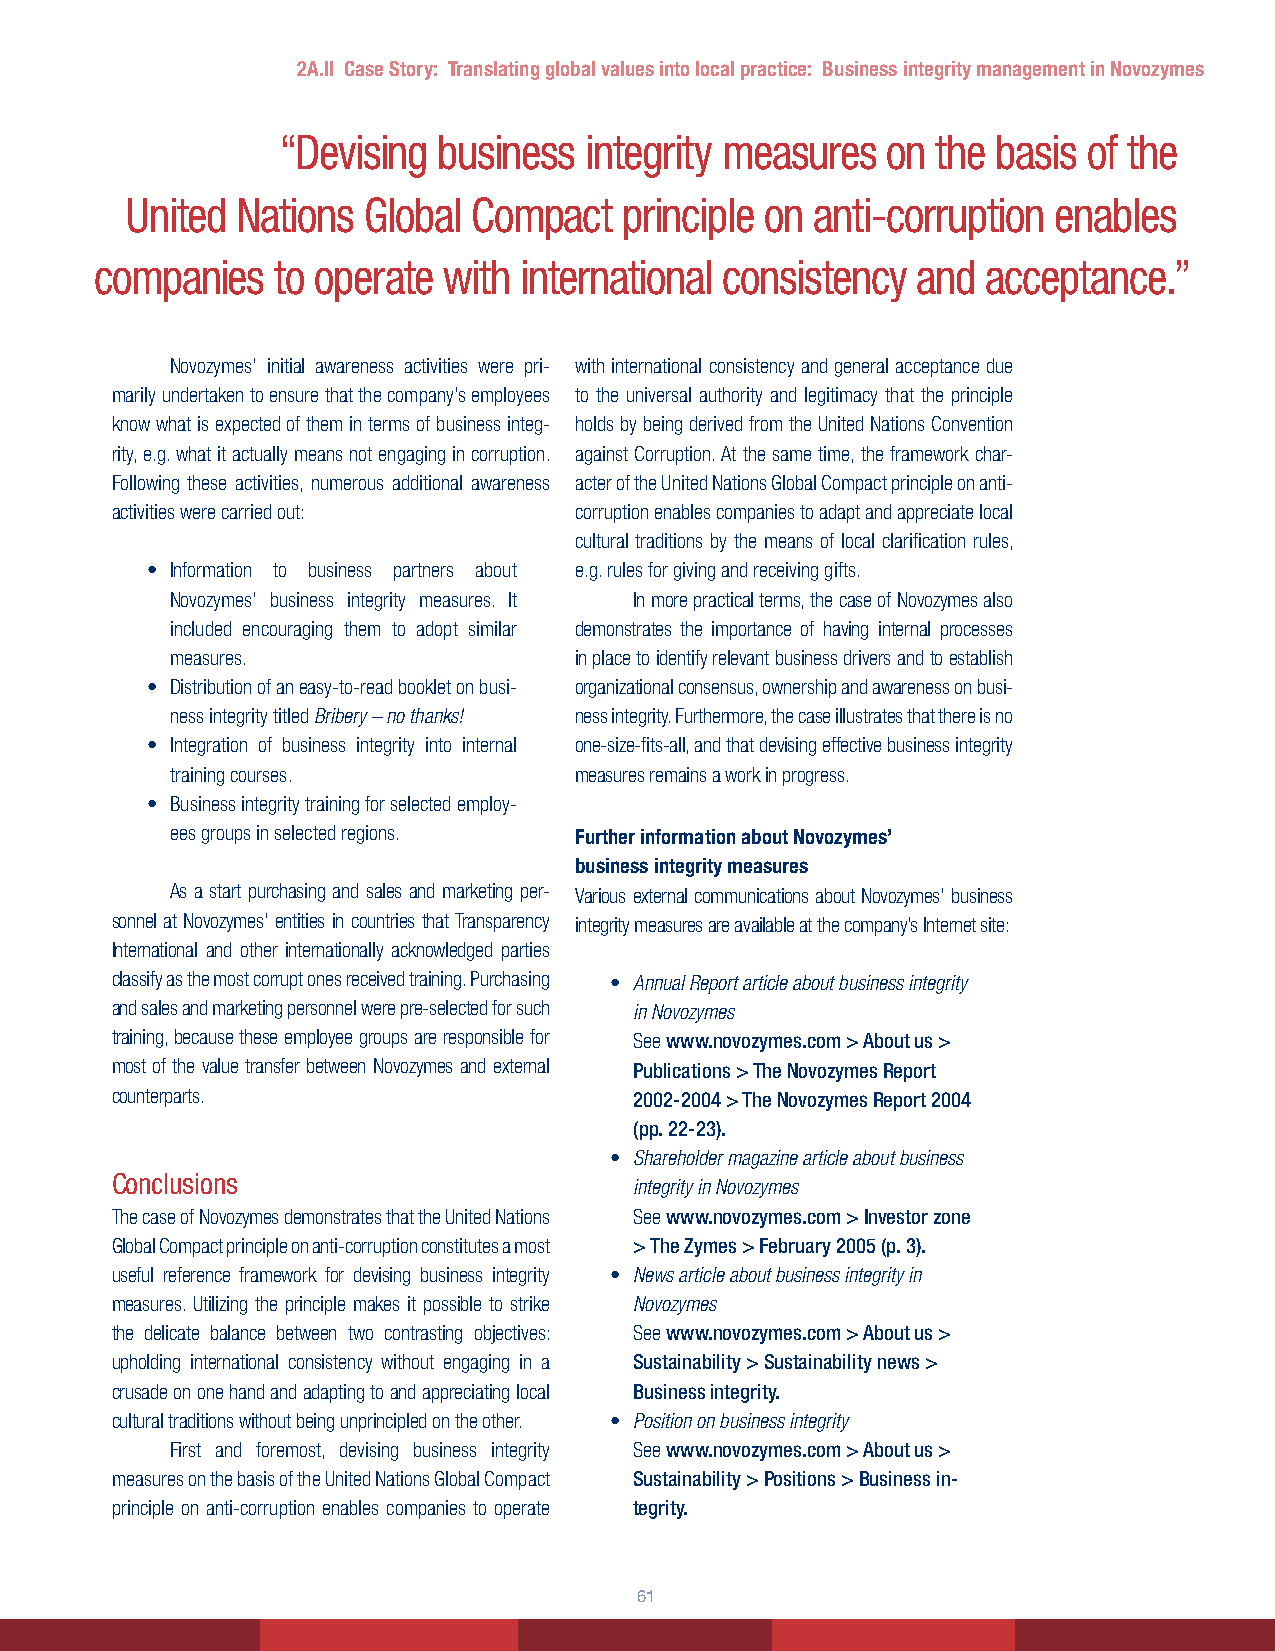
2A.II Case Story: Translating global values into local practice: Business integrity management in Novozymes
 “Devising  business  integrity measures  on the basis of the
 United  Nations Global Compact   principle on anti-corruption enables
 companies   to operate with international consistency  and acceptance.”
 Novozymes’ initial awareness activities were pri- with international consistency and general acceptance due
 marily undertaken to ensure that the company’s employees to the universal authority and legitimacy that the principle
 know what is expected of them in terms of business integ- holds by being derived from the United Nations Convention
 rity, e.g. what it actually means not engaging in corruption. against Corruption. At the same time, the framework char-
 Following these activities, numerous additional awareness acter of the United Nations Global Compact principle on anti-
 activities were carried out:   corruption enables companies to adapt and appreciate local
 cultural traditions by the means of local clarification rules,
 • Information to business partners about e.g. rules for giving and receiving gifts.
 Novozymes’ business integrity measures. It In more practical terms, the case of Novozymes also
 included encouraging them to adopt similar demonstrates the importance of having internal processes
 measures.                  in place to identify relevant business drivers and to establish
 • Distribution of an easy-to-read booklet on busi- organizational consensus, ownership and awareness on busi-
 ness integrity titled Bribery – no thanks! ness integrity. Furthermore, the case illustrates that there is no
 • Integration of business integrity into internal one-size-fits-all, and that devising effective business integrity
 training courses.          measures remains a work in progress.
 • Business integrity training for selected employ-
 ees groups in selected regions. Further information about Novozymes’
 business integrity measures
 As a start purchasing and sales and marketing per- Various external communications about Novozymes’ business
 sonnel at Novozymes’ entities in countries that Transparency integrity measures are available at the company’s Internet site:
 International and other internationally acknowledged parties
 classify as the most corrupt ones received training. Purchasing • Annual Report article about business integrity
 and sales and marketing personnel were pre-selected for such in Novozymes
 training, because these employee groups are responsible for See.www .novozymes .com.>.About.us.>.
 most of the value transfer between Novozymes and external Publications.>.The.Novozymes.Report.
 counterparts.                      2002-2004.>.The.Novozymes.Report.2004.
 (pp ..22-23) .
 • Shareholder magazine article about business
 Conclusions
 integrity in Novozymes
 The case of Novozymes demonstrates that the United Nations See www .novozymes .com.>.Investor.zone.
 Global Compact principle on anti-corruption constitutes a most >.The.Zymes.>.February.2005.(p ..3) .
 useful reference framework for devising business integrity • News article about business integrity in
 measures. Utilizing the principle makes it possible to strike Novozymes
 the delicate balance between two contrasting objectives: See.www .novozymes .com.>.About.us.>.
 upholding international consistency without engaging in a Sustainability.>.Sustainability.news.>.
 crusade on one hand and adapting to and appreciating local Business.integrity .
 cultural traditions without being unprincipled on the other. • Position on business integrity
 First and foremost, devising business integrity See.www .novozymes .com.>.About.us.>.
 measures on the basis of the United Nations Global Compact Sustainability.>.Positions.>.Business.in-
 principle on anti-corruption enables companies to operate tegrity .
 61